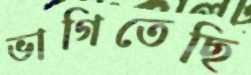
ভাগিতেছি